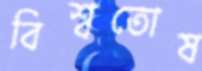
বিশ্বতোষ